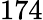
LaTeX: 174